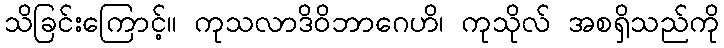
သိခြင်းကြောင့်။ ကုသလာဒိဝိဘာဂေဟိ၊ ကုသိုလ် အစရှိသည်ကို